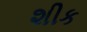
શીક